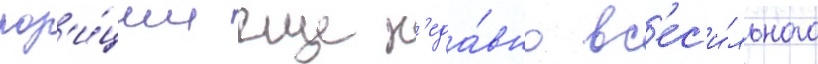
поз'и́ции еще н'еда́вно вс'ес'и́льного